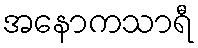
အနောကသာရီ